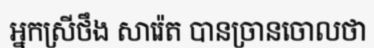
អ្នកស្រីថឹង សារ៉េត បានច្រានចោលថា